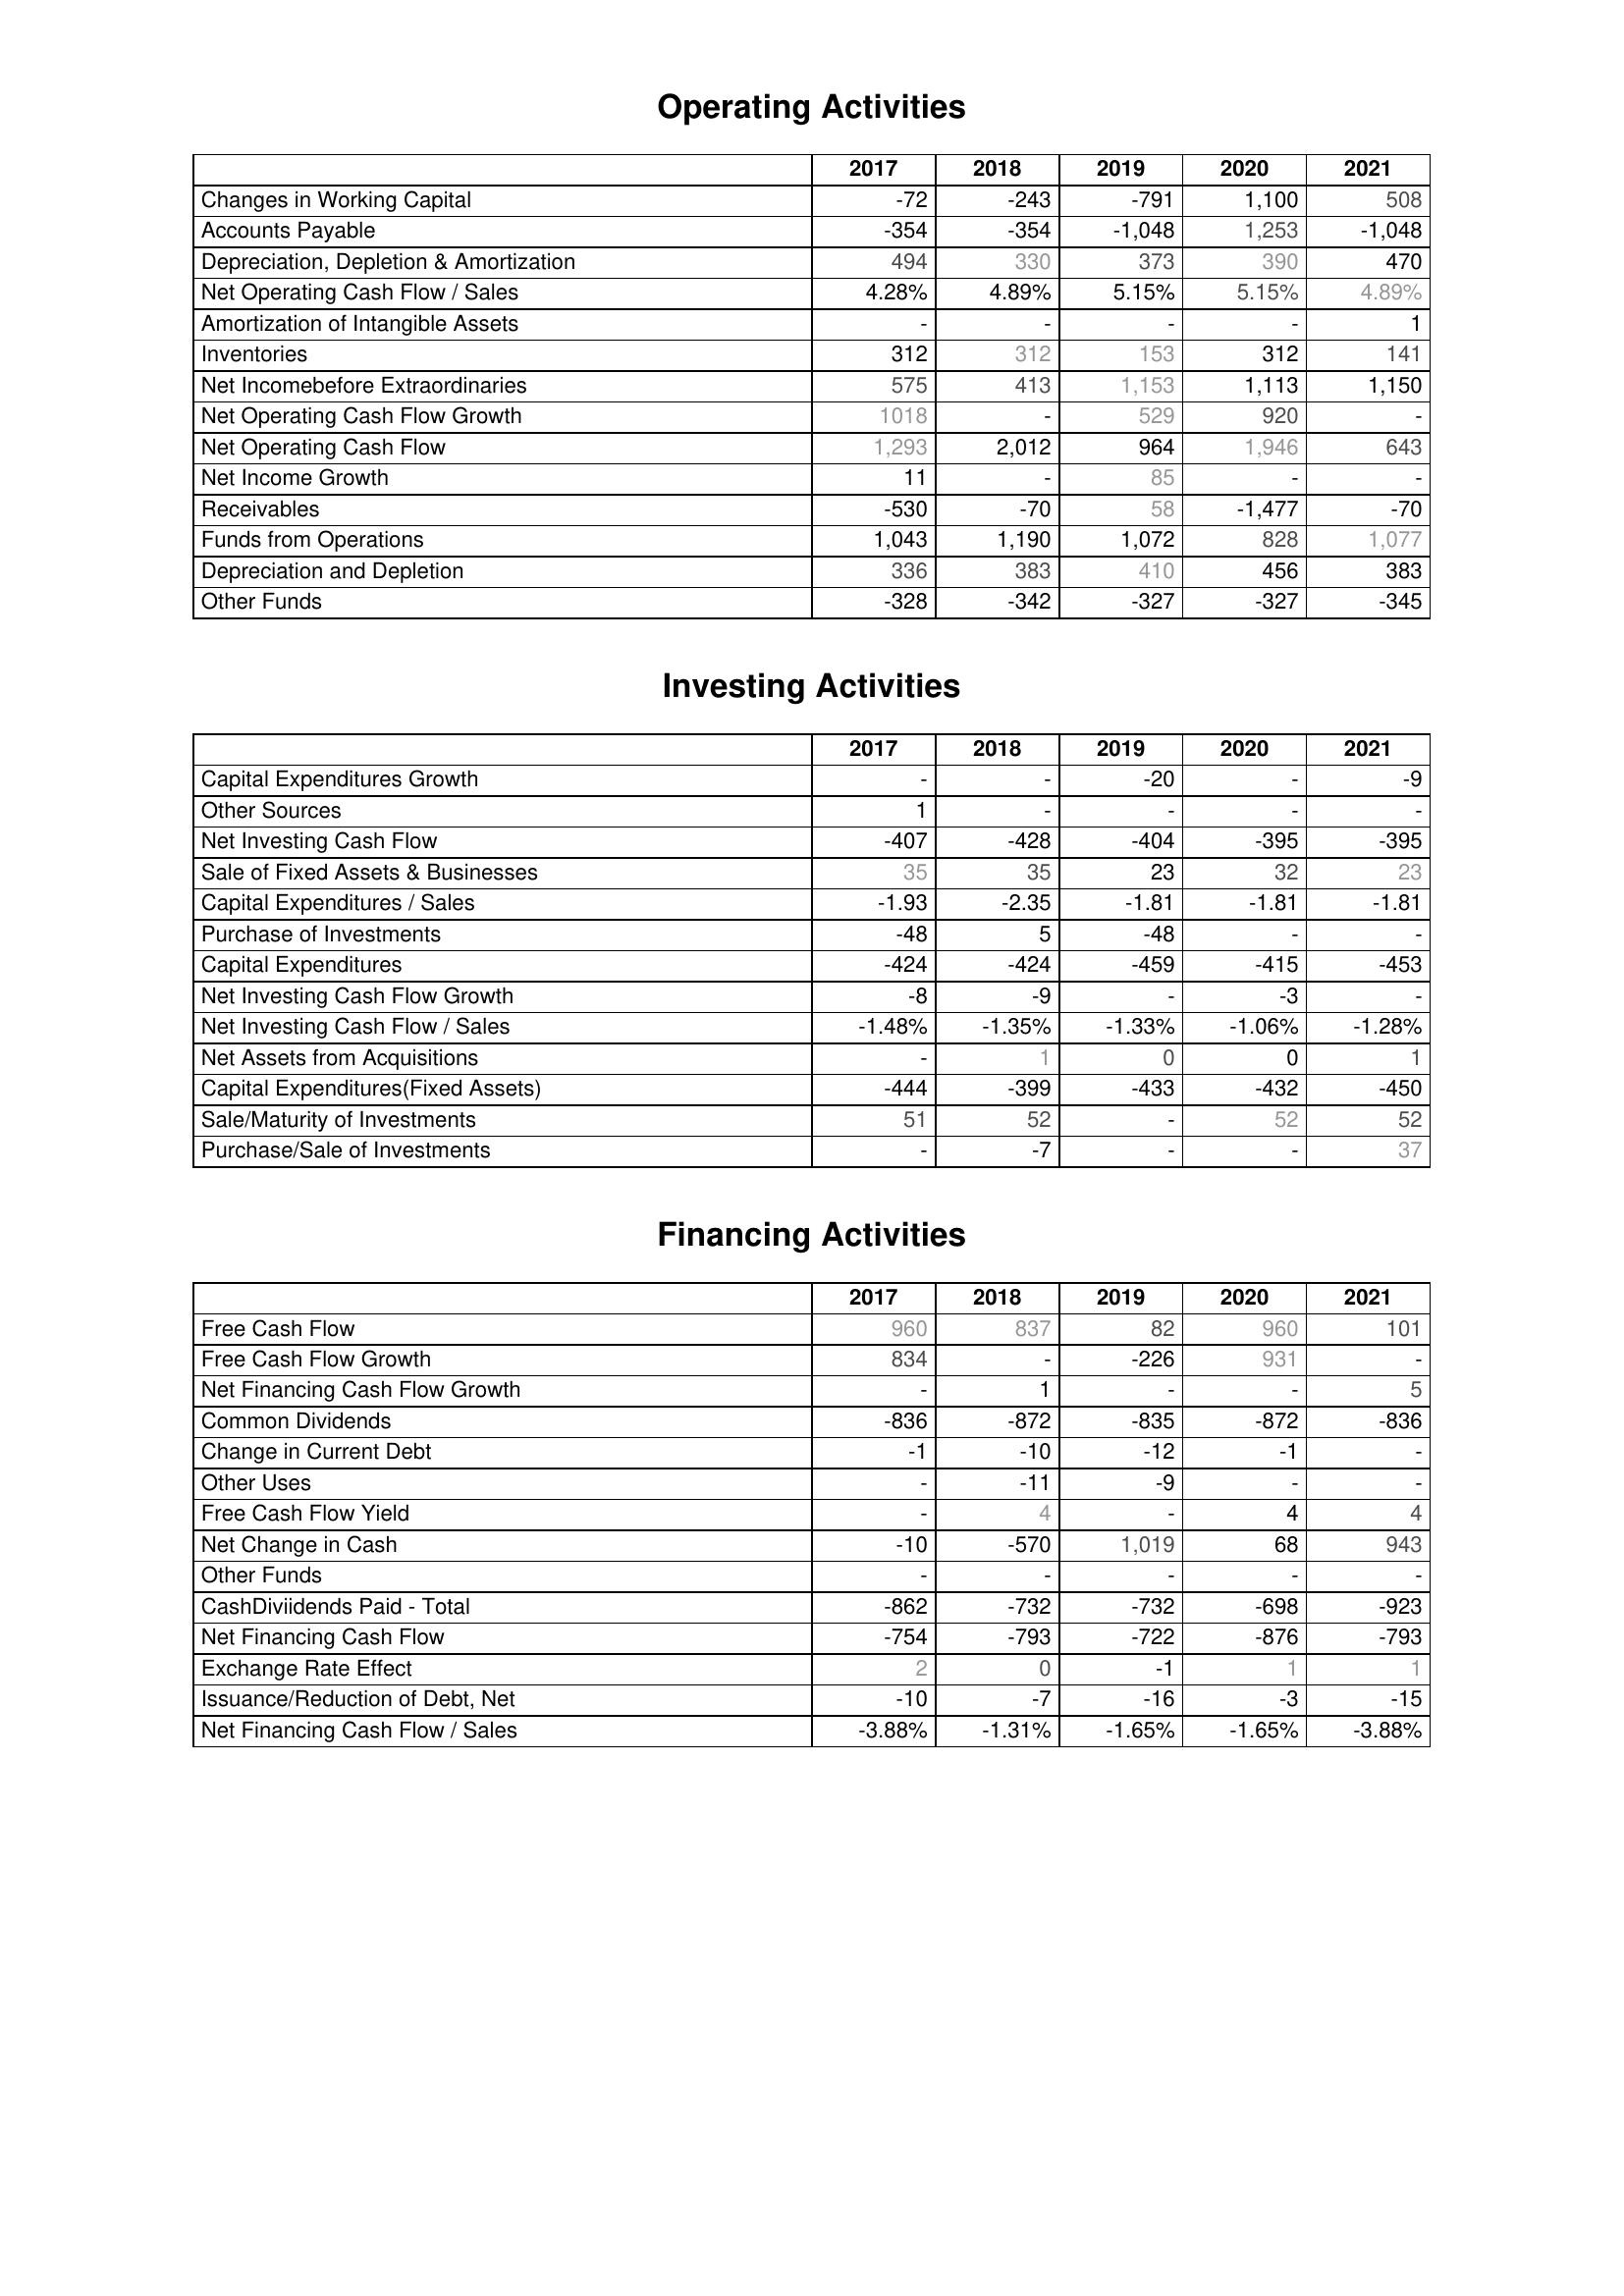
2017: Operating Activities: Changes in Working Capital: -72
Accounts Payable: -354
Depreciation, Depletion & Amortization: 494
Net Operating Cash Flow / Sales: 4.28%
Amortization of Intangible Assets: -
Inventories: 312
Net Incomebefore Extraordinaries: 575
Net Operating Cash Flow Growth: 1018
Net Operating Cash Flow: 1,293
Net Income Growth: 11
Receivables: -530
Funds from Operations: 1,043
Depreciation and Depletion: 336
Other Funds: -328
Investing Activities: Capital Expenditures Growth: -
Other Sources: 1
Net Investing Cash Flow: -407
Sale of Fixed Assets & Businesses: 35
Capital Expenditures / Sales: -1.93
Purchase of Investments: -48
Capital Expenditures: -424
Net Investing Cash Flow Growth: -8
Net Investing Cash Flow / Sales: -1.48%
Net Assets from Acquisitions: -
Capital Expenditures(Fixed Assets): -444
Sale/Maturity of Investments: 51
Purchase/Sale of Investments: -
Financing Activities: Free Cash Flow: 960
Free Cash Flow Growth: 834
Net Financing Cash Flow Growth: -
Common Dividends: -836
Change in Current Debt: -1
Other Uses: -
Free Cash Flow Yield: -
Net Change in Cash: -10
Other Funds: -
CashDiviidends Paid - Total: -862
Net Financing Cash Flow: -754
Exchange Rate Effect: 2
Issuance/Reduction of Debt, Net: -10
Net Financing Cash Flow / Sales: -3.88%
2018: Operating Activities: Changes in Working Capital: -243
Accounts Payable: -354
Depreciation, Depletion & Amortization: 330
Net Operating Cash Flow / Sales: 4.89%
Amortization of Intangible Assets: -
Inventories: 312
Net Incomebefore Extraordinaries: 413
Net Operating Cash Flow Growth: -
Net Operating Cash Flow: 2,012
Net Income Growth: -
Receivables: -70
Funds from Operations: 1,190
Depreciation and Depletion: 383
Other Funds: -342
Investing Activities: Capital Expenditures Growth: -
Other Sources: -
Net Investing Cash Flow: -428
Sale of Fixed Assets & Businesses: 35
Capital Expenditures / Sales: -2.35
Purchase of Investments: 5
Capital Expenditures: -424
Net Investing Cash Flow Growth: -9
Net Investing Cash Flow / Sales: -1.35%
Net Assets from Acquisitions: 1
Capital Expenditures(Fixed Assets): -399
Sale/Maturity of Investments: 52
Purchase/Sale of Investments: -7
Financing Activities: Free Cash Flow: 837
Free Cash Flow Growth: -
Net Financing Cash Flow Growth: 1
Common Dividends: -872
Change in Current Debt: -10
Other Uses: -11
Free Cash Flow Yield: 4
Net Change in Cash: -570
Other Funds: -
CashDiviidends Paid - Total: -732
Net Financing Cash Flow: -793
Exchange Rate Effect: 0
Issuance/Reduction of Debt, Net: -7
Net Financing Cash Flow / Sales: -1.31%
2019: Operating Activities: Changes in Working Capital: -791
Accounts Payable: -1,048
Depreciation, Depletion & Amortization: 373
Net Operating Cash Flow / Sales: 5.15%
Amortization of Intangible Assets: -
Inventories: 153
Net Incomebefore Extraordinaries: 1,153
Net Operating Cash Flow Growth: 529
Net Operating Cash Flow: 964
Net Income Growth: 85
Receivables: 58
Funds from Operations: 1,072
Depreciation and Depletion: 410
Other Funds: -327
Investing Activities: Capital Expenditures Growth: -20
Other Sources: -
Net Investing Cash Flow: -404
Sale of Fixed Assets & Businesses: 23
Capital Expenditures / Sales: -1.81
Purchase of Investments: -48
Capital Expenditures: -459
Net Investing Cash Flow Growth: -
Net Investing Cash Flow / Sales: -1.33%
Net Assets from Acquisitions: 0
Capital Expenditures(Fixed Assets): -433
Sale/Maturity of Investments: -
Purchase/Sale of Investments: -
Financing Activities: Free Cash Flow: 82
Free Cash Flow Growth: -226
Net Financing Cash Flow Growth: -
Common Dividends: -835
Change in Current Debt: -12
Other Uses: -9
Free Cash Flow Yield: -
Net Change in Cash: 1,019
Other Funds: -
CashDiviidends Paid - Total: -732
Net Financing Cash Flow: -722
Exchange Rate Effect: -1
Issuance/Reduction of Debt, Net: -16
Net Financing Cash Flow / Sales: -1.65%
2020: Operating Activities: Changes in Working Capital: 1,100
Accounts Payable: 1,253
Depreciation, Depletion & Amortization: 390
Net Operating Cash Flow / Sales: 5.15%
Amortization of Intangible Assets: -
Inventories: 312
Net Incomebefore Extraordinaries: 1,113
Net Operating Cash Flow Growth: 920
Net Operating Cash Flow: 1,946
Net Income Growth: -
Receivables: -1,477
Funds from Operations: 828
Depreciation and Depletion: 456
Other Funds: -327
Investing Activities: Capital Expenditures Growth: -
Other Sources: -
Net Investing Cash Flow: -395
Sale of Fixed Assets & Businesses: 32
Capital Expenditures / Sales: -1.81
Purchase of Investments: -
Capital Expenditures: -415
Net Investing Cash Flow Growth: -3
Net Investing Cash Flow / Sales: -1.06%
Net Assets from Acquisitions: 0
Capital Expenditures(Fixed Assets): -432
Sale/Maturity of Investments: 52
Purchase/Sale of Investments: -
Financing Activities: Free Cash Flow: 960
Free Cash Flow Growth: 931
Net Financing Cash Flow Growth: -
Common Dividends: -872
Change in Current Debt: -1
Other Uses: -
Free Cash Flow Yield: 4
Net Change in Cash: 68
Other Funds: -
CashDiviidends Paid - Total: -698
Net Financing Cash Flow: -876
Exchange Rate Effect: 1
Issuance/Reduction of Debt, Net: -3
Net Financing Cash Flow / Sales: -1.65%
2021: Operating Activities: Changes in Working Capital: 508
Accounts Payable: -1,048
Depreciation, Depletion & Amortization: 470
Net Operating Cash Flow / Sales: 4.89%
Amortization of Intangible Assets: 1
Inventories: 141
Net Incomebefore Extraordinaries: 1,150
Net Operating Cash Flow Growth: -
Net Operating Cash Flow: 643
Net Income Growth: -
Receivables: -70
Funds from Operations: 1,077
Depreciation and Depletion: 383
Other Funds: -345
Investing Activities: Capital Expenditures Growth: -9
Other Sources: -
Net Investing Cash Flow: -395
Sale of Fixed Assets & Businesses: 23
Capital Expenditures / Sales: -1.81
Purchase of Investments: -
Capital Expenditures: -453
Net Investing Cash Flow Growth: -
Net Investing Cash Flow / Sales: -1.28%
Net Assets from Acquisitions: 1
Capital Expenditures(Fixed Assets): -450
Sale/Maturity of Investments: 52
Purchase/Sale of Investments: 37
Financing Activities: Free Cash Flow: 101
Free Cash Flow Growth: -
Net Financing Cash Flow Growth: 5
Common Dividends: -836
Change in Current Debt: -
Other Uses: -
Free Cash Flow Yield: 4
Net Change in Cash: 943
Other Funds: -
CashDiviidends Paid - Total: -923
Net Financing Cash Flow: -793
Exchange Rate Effect: 1
Issuance/Reduction of Debt, Net: -15
Net Financing Cash Flow / Sales: -3.88%